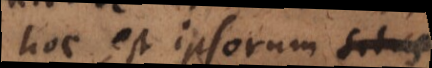
hoc est ipsorum situs